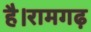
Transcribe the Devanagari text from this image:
है।रामगढ़